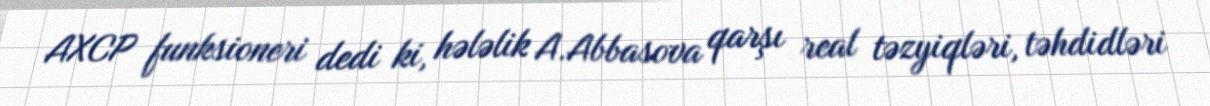
AXCP funksioneri dedi ki, hələlik A.Abbasova qarşı real təzyiqləri, təhdidləri